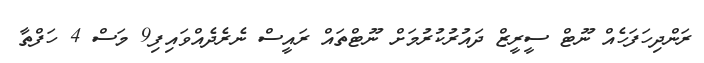
ރަންދިހަފަހެއް ނޫޓް ސީރީޒް ދައުރުކުރުމަށް ނޫޓްތައް ރައީސް ނެރެދެއްވައިފި9 މަސް 4 ހަފްތާ